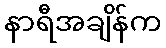
နာရီအချိန်က